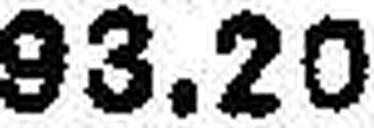
93.20